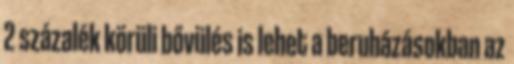
2 százalék körüli bővülés is lehet a beruházásokban az